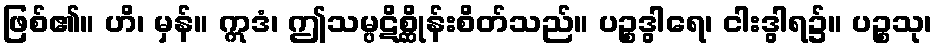
ဖြစ်၏။ ဟိ၊ မှန်။ ဣဒံ၊ ဤသမ္ပဋိစ္ဆိုန်းစိတ်သည်။ ပဉ္စဒွါရေ၊ ငါးဒွါရ၌။ ပဉ္စသု၊